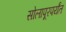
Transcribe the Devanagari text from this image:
सोलापूरपर्यंत